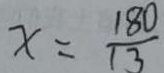
x = \frac { 1 8 0 } { 1 3 }